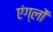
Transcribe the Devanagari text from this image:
एंग्लों